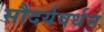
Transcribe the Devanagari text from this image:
सौंदर्यवर्धन